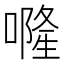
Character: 𠾐